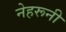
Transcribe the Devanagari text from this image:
नेहरूनी